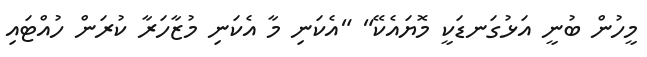
މީހުން ބުނީ އަޅުގަނޑަކީ މޮޔައެކޭ" "އެކަނި މާ އެކަނި މުޒާހަރާ ކުރަން ހުއްޓައި